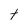
Character: t